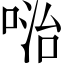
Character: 𠶠